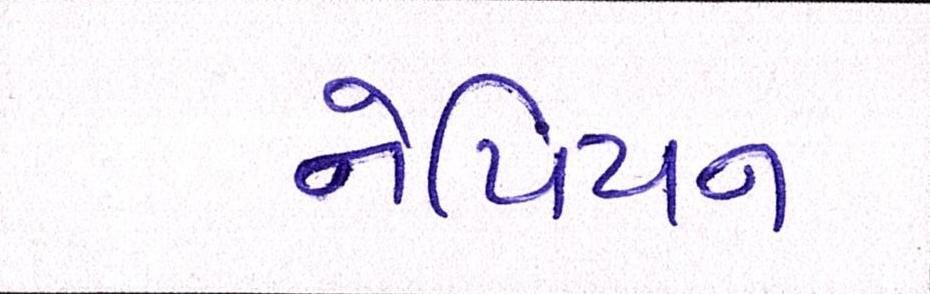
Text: નેપિયન